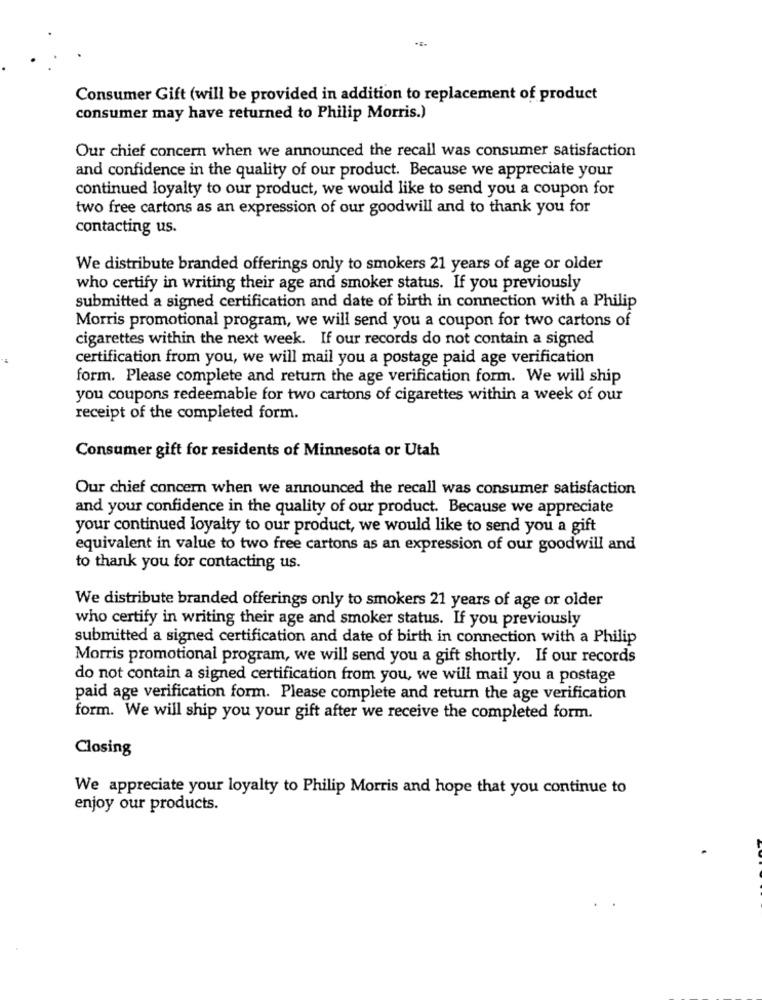
Consumer Gift (will be provided in addition to replacement of product
consumer may have returned to Philip Morris.)
Our chief concern when we announced the recall was consumer satisfaction
and confidence in the quality of our product. Because we appreciate your
continued loyalty to our product, we would like to send you a coupon for
two free cartons as an expression of our goodwill and to thank you for
contacting us.
We distribute branded offerings only to smokers 21 years of age or older
who certify in writing their age and smoker status. If you previously
submitted a signed certification and date of birth in connection with a Philip
Morris promotional program, we will send you a coupon for two cartons of
cigarettes within the next week. If our records do not contain a signed
certification from you, we will mail you a postage paid age verification
form. Please complete and return the age verification form. We will ship
you coupons redeemable for two cartons of cigarettes within a week of our
receipt of the completed form.
Consumer gift for residents of Minnesota or Utah
Our chief concern when we announced the recall was consumer satisfaction
and your confidence in the quality of our product. Because we appreciate
your continued loyalty to our product, we would like to send you a gift
equivalent in value to two free cartons as an expression of our goodwill and
to thank you for contacting us.
We distribute branded offerings only to smokers 21 years of age or older
who certify in writing their age and smoker status. If you previously
submitted a signed certification and date of birth in connection with a Philip
Morris promotional program, we will send you a gift shortly. If our records
do not contain a signed certification from you, we will mail you a postage
paid age verification form. Please complete and return the age verification
form. We will ship you your gift after we receive the completed form.
Closing
We appreciate your loyalty to Philip Morris and hope that you continue to
enjoy our products.